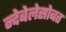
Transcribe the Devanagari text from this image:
न्देबेलेसोबत